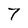
Character: 7